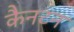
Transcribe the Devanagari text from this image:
कैनटन